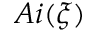
A i ( \xi )